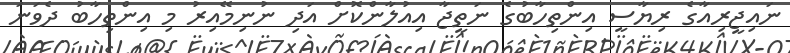
ނައިޖީރިއާގެ ރިޔާސީ އިންތިހާބުގެ ނަތީޖާ އިއުލާންކޮށް އަދި ނުނިމޭއިރު މި އިންތިހާބު ދެވަނަ